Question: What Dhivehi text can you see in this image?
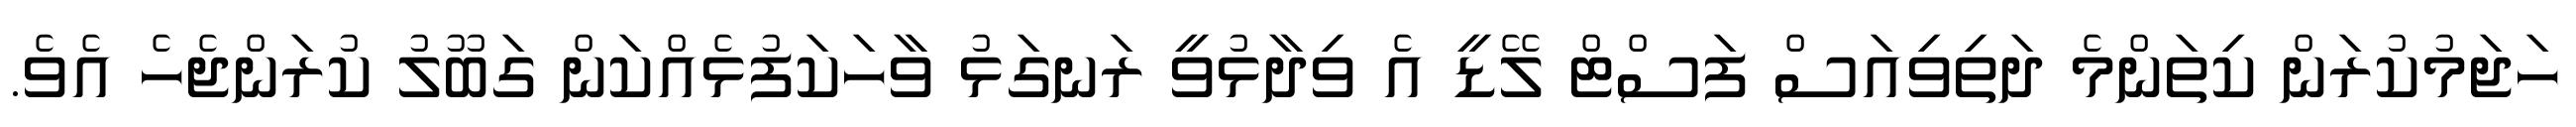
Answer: ހަޖަމުކުރަން ކިތަންމެ ދަތިވިއަސް ފަސްޓް ލޭޑީ އެ ވިދާޅުވީ ރަނގަޅު ވާހަކަފުޅެއްކަން ގަބޫލު ކުރަންޖެހެ އެވެ.